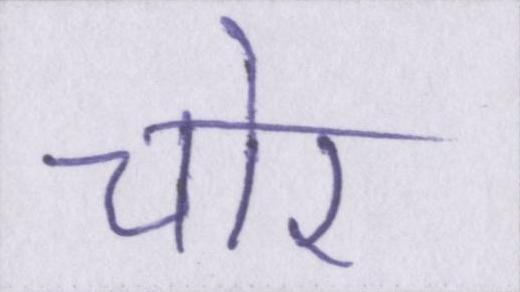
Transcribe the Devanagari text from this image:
चोर